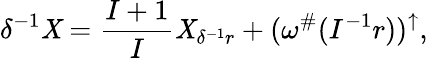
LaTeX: \delta^{-1}\mathit{X}=\frac{{I+1}}{{I}}\mathit{X}_{\delta^{-1}r}+(\omega^{\# }(I^{-1}r))^{\uparrow},